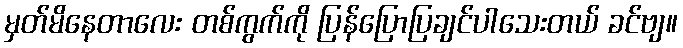
မှတ်မိနေတာလေး တစ်ကွက်ကို ပြန်ပြောပြချင်ပါသေးတယ် ခင်ဗျ။